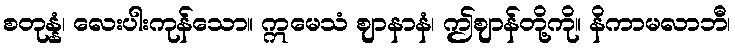
စတုန္နံ၊ လေးပါးကုန်သော။ ဣမေသံ ဈာနာနံ၊ ဤဈာန်တို့ကို။ နိကာမလာဘီ၊